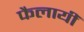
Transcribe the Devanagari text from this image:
फैलायीं